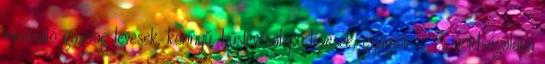
minősülő gazdag levesek, könnyű, húslevesalapú levesek, gyümölcs- és zöldségalapú